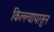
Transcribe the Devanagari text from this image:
किल्ल्यापासुन